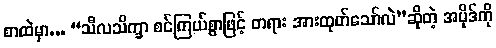
စာထဲမှာ... “သီလသိက္ခာ စင်ကြယ်စွာဖြင့် တရား အားထုတ်သော်လဲ”ဆိုတဲ့ အပိုဒ်ကို